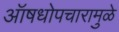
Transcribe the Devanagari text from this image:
ऑषधोपचारामुळे